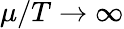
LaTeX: \mu/T\to\infty